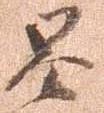
昌